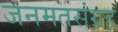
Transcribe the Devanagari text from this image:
जनमतसंग्रह